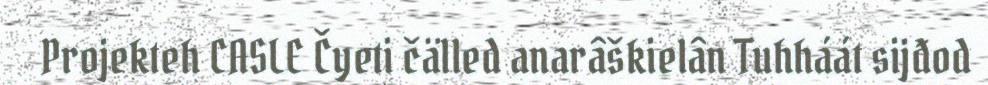
Projekteh CASLE Čyeti čälled anarâškielân Tuhháát sijđod